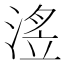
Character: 𭱗